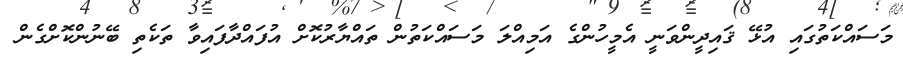
މަސައްކަތުގައި އުޅޭ ޤައިދީންވަނީ އެމީހުންގެ އަމިއްލަ މަސައްކަތުން ތައްޔާރުކޮށް އުފައްދާފައިވާ ތަކެތި ބޭނުންކޮށްގެން